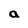
Character: a